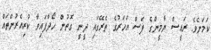
ކަމަށެވެ. ރައީސް ޔާމީންގެ ފަސް އަހަރުގެ ތެރޭގައި ދީނީ ގޮތުން ހޯދާފައިވާ ކުރިއެރުންތައް